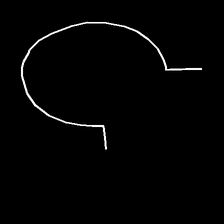
Glyph: weave